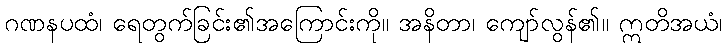
ဂဏနပထံ၊ ရေတွက်ခြင်း၏အကြောင်းကို။ အနိတာ၊ ကျော်လွန်၏။ ဣတိအယံ၊